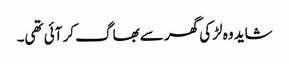
شاید وہ لڑکی گھر سے بھاگ کر آئی تھی۔